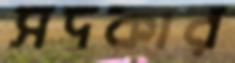
সদকার